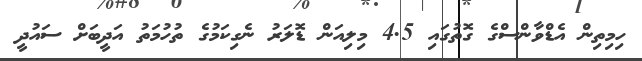
ހިމިތިން އެޑްވާންސްގެ ގޮތުގައި 4.5 މިިލިއަން ޑޮލަރު ނެގިކަމުގެ ތުހުމަތު އަދީބަށް ސައުދީ